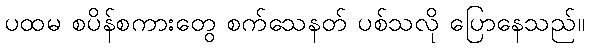
ပထမ စပိန်စကားတွေ စက်သေနတ် ပစ်သလို ပြောနေသည်။